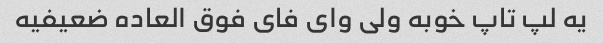
یه لپ تاپ خوبه ولی وای فای فوق العاده ضعیفیه